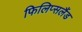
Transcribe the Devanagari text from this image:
फिलिप्सलैंड